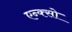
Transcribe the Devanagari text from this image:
एन्क्सो